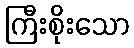
ကြီးစိုးသော